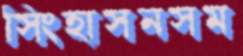
সিংহাসনসম